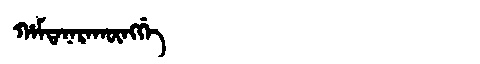
Manchu: ᡥᠠᠮᡨᠠᠨᠠᡵᠠᡴᡡᠩᡤᡝ
Romanization: HAMTANARAKŪNGGE